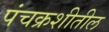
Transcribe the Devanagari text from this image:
पंचक्रशीतील